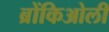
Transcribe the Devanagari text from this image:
ब्रोंकिओली